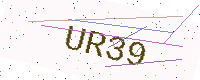
Text: UR39